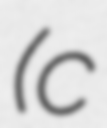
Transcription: (c